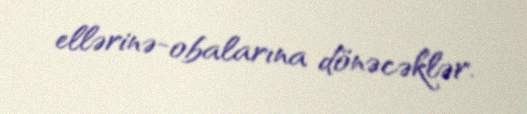
ellərinə-obalarına dönəcəklər.